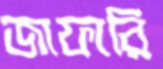
জাফারি